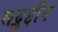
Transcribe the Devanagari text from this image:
सद्रुद्दीन